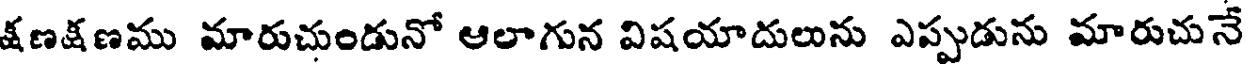
క్షణక్షణము మారుచుండునో ఆలాగున విషయాదులును ఎప్పుడును మారుచునే